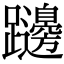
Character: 𨇱